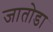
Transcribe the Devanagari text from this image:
जातोडा